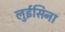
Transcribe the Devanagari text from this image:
लुईसिना